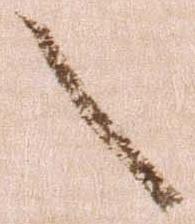
之